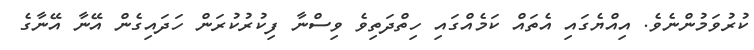
ކުރުވަމުންނެވެ. އިއްޔެގައި އެތައް ކަމެއްގައި ހިތްދަތިވެ ވިސްނާ ފިކުރުކުރަން ހަދައިގެން އޭނާ އޭނާގެ